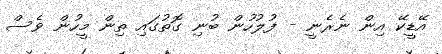
އޭޑީކޭ އިން ނެރެނީ - ފުލުހުން ބުނި ގޮތުގައި ތިން މީހުން ވެސް